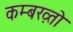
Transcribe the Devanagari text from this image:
कम्बख़्तो